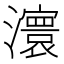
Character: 𤃆